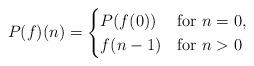
LaTeX: \begin{gather*}P(f)(n) =\begin{cases}P(f(0)) & \mbox{for } n=0, \\f(n-1) & \mbox{for } n>0\end{cases}\end{gather*}